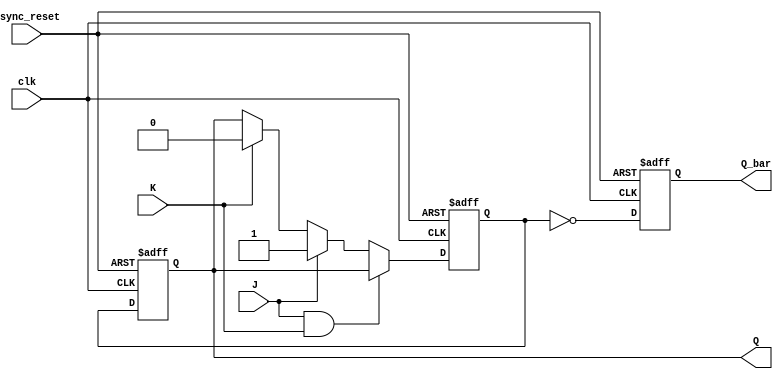
module jk_ff(
    input J, K, clk, async_reset,
    output reg Q, Q_bar
);

// Master block
reg next_Q;
always @(posedge clk or negedge async_reset)
begin
    if (!async_reset)
        next_Q <= 1'b0;
    else if (J && K)
        next_Q <= Q;
    else if (J)
        next_Q <= 1'b1;
    else if (K)
        next_Q <= 1'b0;
    else
        next_Q <= Q;
end

//Slave block
always @(posedge clk or negedge async_reset)
begin
    if (!async_reset)
    begin
        Q <= 1'b0;
        Q_bar <= 1'b1;
    end
    else
    begin
        Q <= next_Q;
        Q_bar <= ~next_Q;
    end
end

endmodule